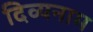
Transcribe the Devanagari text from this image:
दिव्यनाम